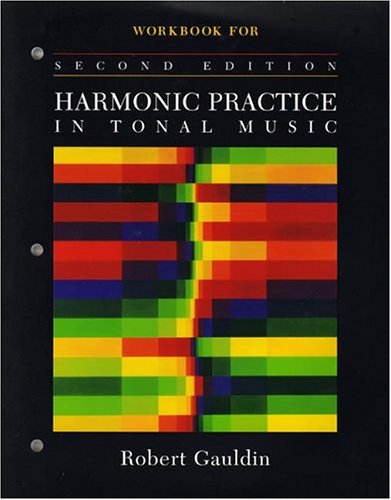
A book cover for Workbook: for Harmonic Practice in Tonal Music, Second Edition; Robert Gauldin; Christian Books & Bibles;